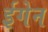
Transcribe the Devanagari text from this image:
ईगेन